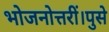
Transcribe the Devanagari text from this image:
भोजनोत्तरीं।पुसे